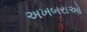
અખબરાઓ